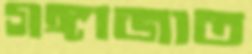
গঙ্গাজাত